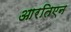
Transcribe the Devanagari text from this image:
आरतिएन